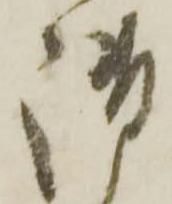
御